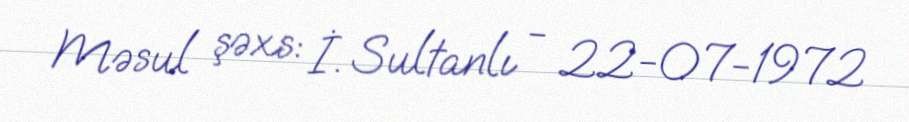
Məsul şəxs: İ. Sultanlı - 22-07-1972